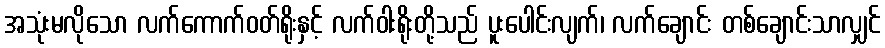
အသုံးမလိုသော လက်ကောက်ဝတ်ရိုးနှင့် လက်ဝါးရိုးတို့သည် ပူးပေါင်းလျက်၊ လက်ချောင်း တစ်ချောင်းသာလျှင်